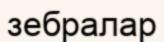
зебралар